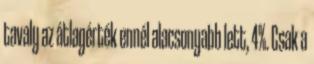
tavaly az átlagérték ennél alacsonyabb lett, 4%. Csak a